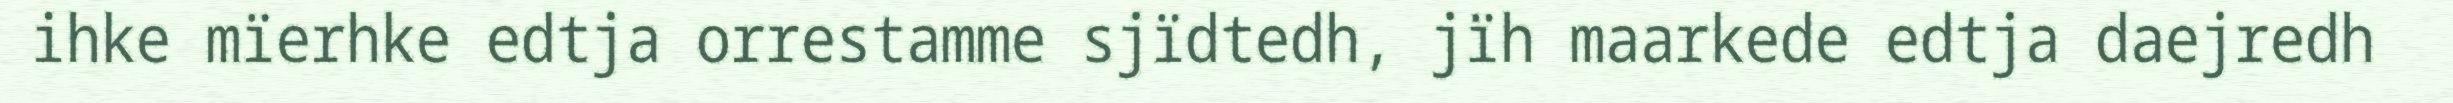
ihke mïerhke edtja orrestamme sjïdtedh, jïh maarkede edtja daejredh